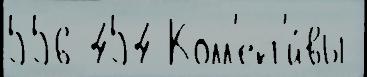
556 454 Колл'ект'и́вы